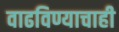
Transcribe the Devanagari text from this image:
वाढविण्याचाही